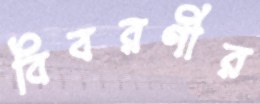
বিবরণীর